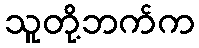
သူတို့ဘက်က